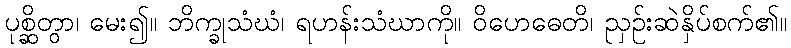
ပုစ္ဆိတွာ၊ မေး၍။ ဘိက္ခုသံဃံ၊ ရဟန်းသံဃာကို။ ဝိဟေဓေတိ၊ ညှဉ်းဆဲနှိပ်စက်၏။